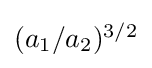
{\textstyle ({a_{1}}/{a_{2}})^{3/2}}